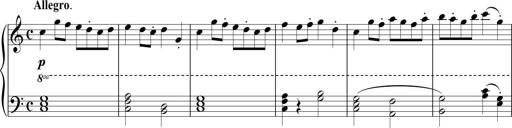
Title: Sonatina No. 1 in C
Composer: A. Marando
Key: C major